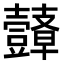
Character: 𮙙